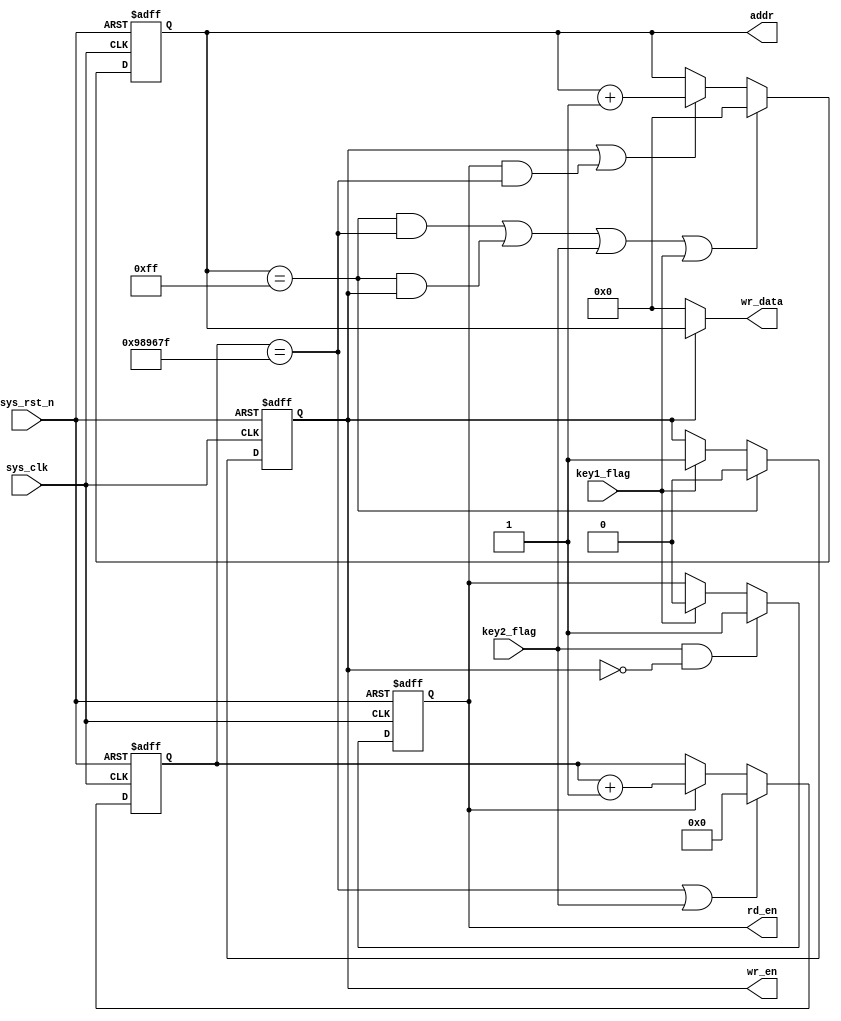
`timescale  1ns/1ns
/////////////////////////////////////////////////////////////////////////
// Module Name   : ram_ctrl
// Project Name  : ram
// Target Devices: Altera EP4CE10F17C8N
// Tool Versions : Quartus 13.0
// Description   : ram
// 
// Revision      : V1.0
// Additional Comments:
// 
// : _Pro_FPGA
//     : http://www.embedfire.com
//     : http://www.firebbs.cn
//     : https://fire-stm32.taobao.com
////////////////////////////////////////////////////////////////////////

module  ram_ctrl
(
    input   wire         sys_clk   , //50MHz
    input   wire         sys_rst_n , //
    input   wire         key1_flag , //1
    input   wire         key2_flag , //2
 
    output  reg          wr_en     , //RAM
    output  reg          rd_en     , //RAM
    output  reg  [7:0]   addr      , //RAM
    output  wire [7:0]   wr_data     //RAM

);

//********************************************************************//
//****************** Parameter and Internal Signal *******************//
//********************************************************************//

//parameter define
parameter   CNT_MAX =   9_999_999;  //0.2s

//reg   define
reg     [23:0]  cnt_200ms       ;   //0.2s

//********************************************************************//
//***************************** Main Code ****************************//
//********************************************************************//

//0~255
assign  wr_data =   (wr_en == 1'b1) ? addr : 8'd0;

//wr_en:RAM
always@(posedge sys_clk or  negedge sys_rst_n)
    if(sys_rst_n == 1'b0)
        wr_en   <=  1'b0;
    else    if(addr == 8'd255)
        wr_en  <=  1'b0;
    else    if(key1_flag == 1'b1)
        wr_en  <=  1'b1;

//rd_en:RAM
always@(posedge sys_clk or  negedge sys_rst_n)
    if(sys_rst_n == 1'b0)
        rd_en   <=  1'b0;
    else    if(key2_flag == 1'b1 && wr_en == 1'b0)
        rd_en   <=  1'b1;
    else    if(key1_flag == 1'b1)
        rd_en   <=  1'b0;
    else
        rd_en   <=  rd_en;

//0.2s
always@(posedge sys_clk or  negedge sys_rst_n)
    if(sys_rst_n == 1'b0)
        cnt_200ms    <=  24'd0;
    else    if(cnt_200ms == CNT_MAX || key2_flag == 1'b1)
        cnt_200ms   <=  24'd0;
    else    if(rd_en == 1'b1)
        cnt_200ms   <=  cnt_200ms + 1'b1;

//
always@(posedge sys_clk or  negedge sys_rst_n)
    if(sys_rst_n == 1'b0)
        addr    <=  8'd0;
    else    if((addr == 8'd255 && cnt_200ms == CNT_MAX) || 
                (addr == 8'd255 && wr_en == 1'b1) || 
                (key2_flag == 1'b1) || (key1_flag == 1'b1))
        addr    <=  8'd0;
    else    if((wr_en == 1'b1) || (rd_en == 1'b1 && cnt_200ms == CNT_MAX))
        addr    <=  addr + 1'b1;

endmodule